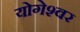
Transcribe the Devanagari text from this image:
योगेश्‍वर